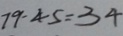
7 9 - 4 5 = 3 4